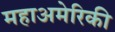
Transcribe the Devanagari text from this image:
महाअमेरिकी